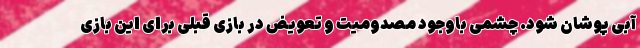
آبی پوشان شود. چشمی باوجود مصدومیت و تعویض در بازی قبلی برای این بازی